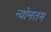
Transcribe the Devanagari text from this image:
न्योनतम